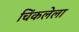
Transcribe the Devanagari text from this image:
चिंकलेला